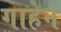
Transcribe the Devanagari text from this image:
गाहेन